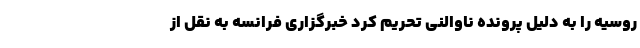
روسیه را به دلیل پرونده ناوالنی تحریم کرد خبرگزاری فرانسه به نقل از